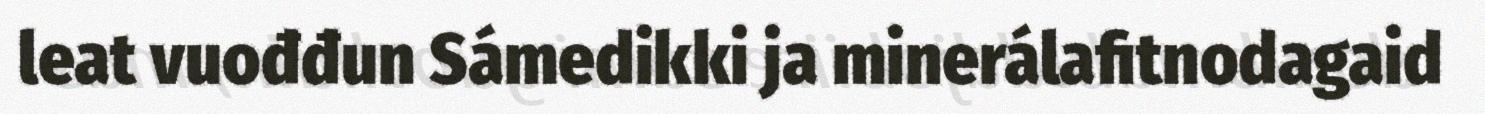
leat vuođđun Sámedikki ja minerálafitnodagaid